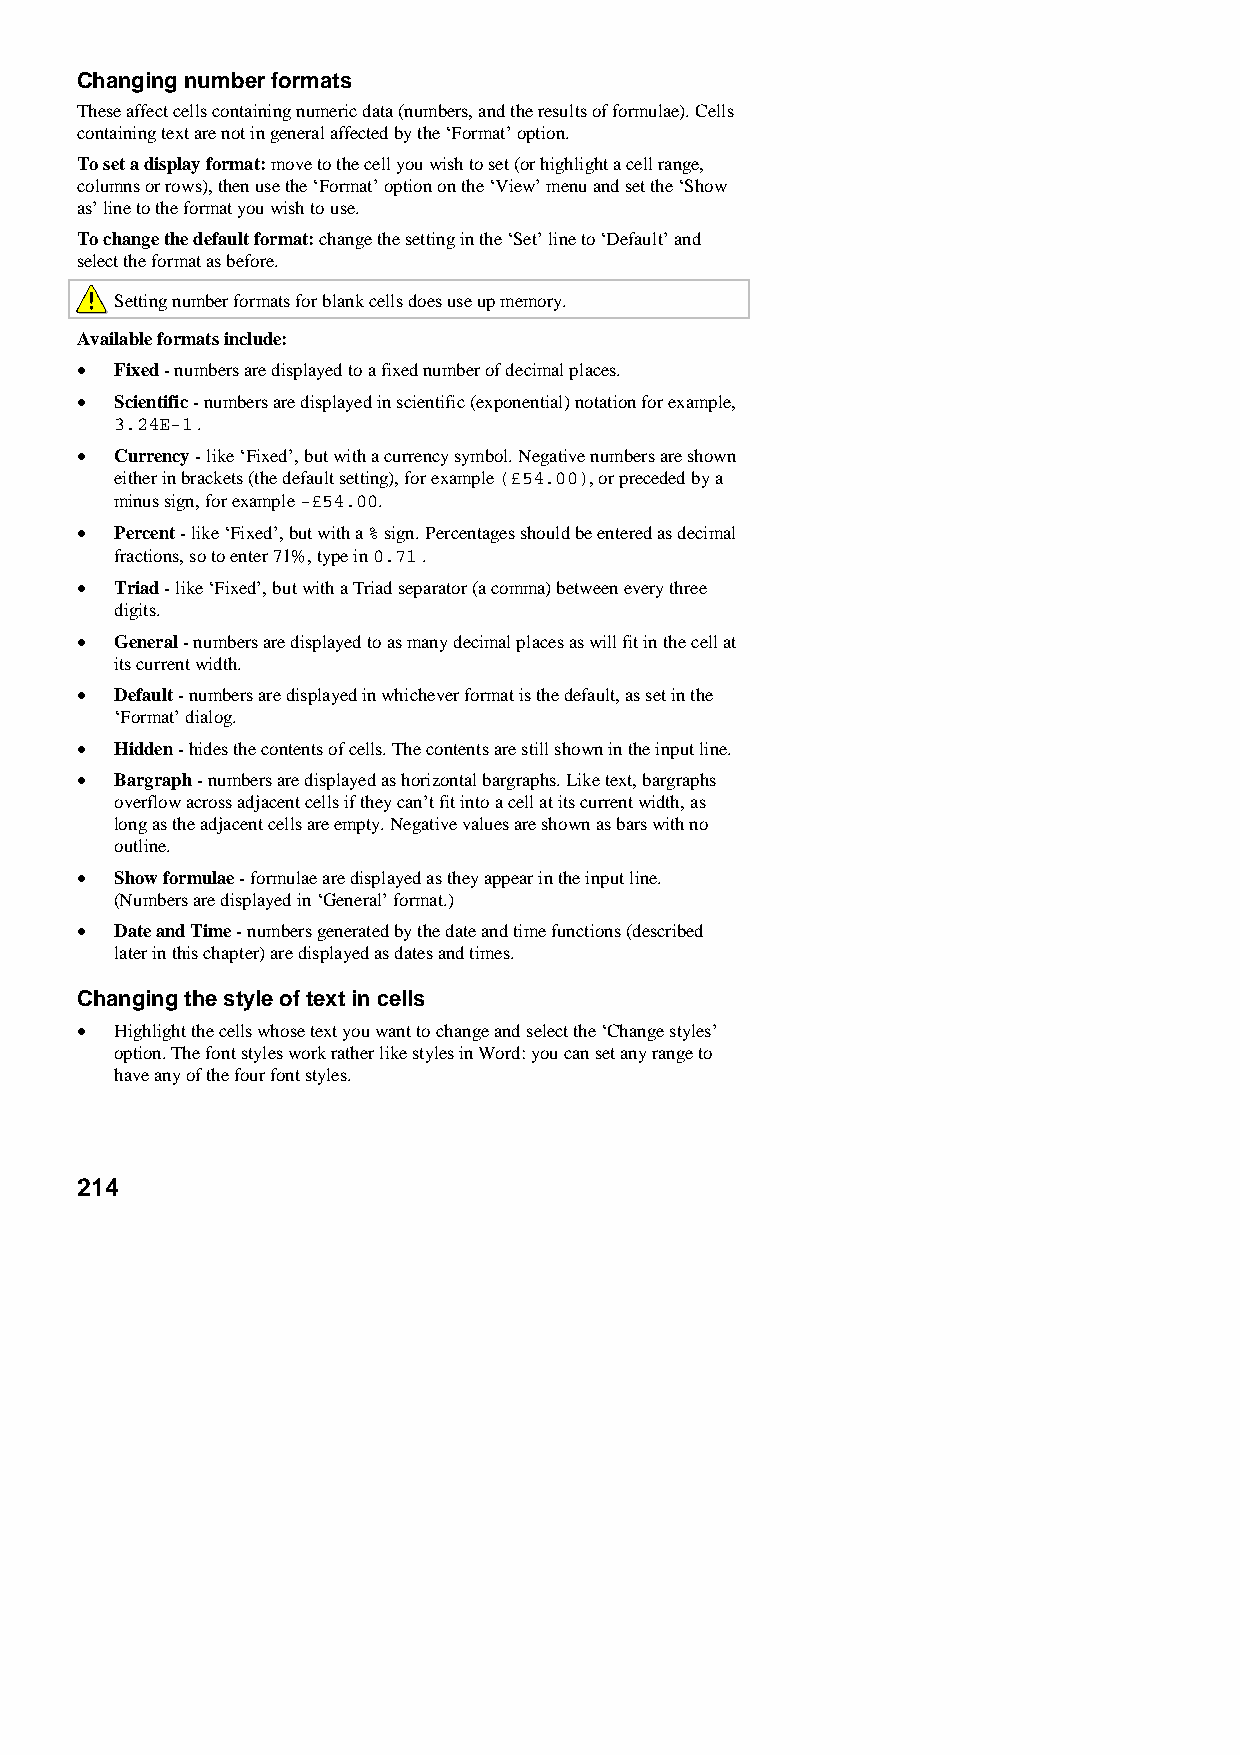
Changing number formats
 These affect cells containing numeric data (numbers, and the results of formulae). Cells
 containing text are not in general affected by the ‘Format’ option.
 To set a display format: move to the cell you wish to set (or highlight a cell range,
 columns or rows), then use the ‘Format’ option on the ‘View’ menu and set the ‘Show
 as’ line to the format you wish to use.
 To change the default format: change the setting in the ‘Set’ line to ‘Default’ and
 select the format as before.
 Setting number formats for blank cells does use up memory.
 Available formats include:
 •  Fixed - numbers are displayed to a fixed number of decimal places.
 •  Scientific - numbers are displayed in scientific (exponential) notation for example,
 3.24E-1 .
 •  Currency - like ‘Fixed’, but with a currency symbol. Negative numbers are shown
 either in brackets (the default setting), for example (£54.00), or preceded by a
 minus sign, for example -£54.00.
 •  Percent - like ‘Fixed’, but with a % sign. Percentages should be entered as decimal
 fractions, so to enter 71%, type in 0.71 .
 •  Triad - like ‘Fixed’, but with a Triad separator (a comma) between every three
 digits.
 •  General - numbers are displayed to as many decimal places as will fit in the cell at
 its current width.
 •  Default - numbers are displayed in whichever format is the default, as set in the
 ‘Format’ dialog.
 •  Hidden - hides the contents of cells. The contents are still shown in the input line.
 •  Bargraph - numbers are displayed as horizontal bargraphs. Like text, bargraphs
 overflow across adjacent cells if they can’t fit into a cell at its current width, as
 long as the adjacent cells are empty. Negative values are shown as bars with no
 outline.
 •  Show formulae - formulae are displayed as they appear in the input line.
 (Numbers are displayed in ‘General’ format.)
 •  Date and Time - numbers generated by the date and time functions (described
 later in this chapter) are displayed as dates and times.
 Changing the style of text in cells
 •  Highlight the cells whose text you want to change and select the ‘Change styles’
 option. The font styles work rather like styles in Word: you can set any range to
 have any of the four font styles.
 214